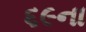
૬૯ના